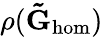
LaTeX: \rho(\mathbf{\tilde{G}}_{\mathrm{hom}})